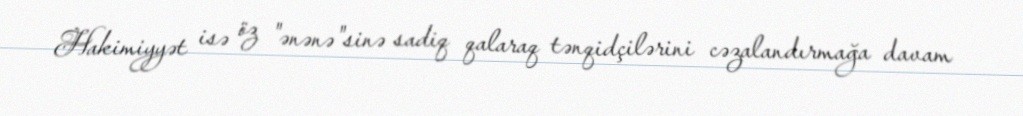
Hakimiyyət isə öz "ənənə"sinə sadiq qalaraq tənqidçilərini cəzalandırmağa davam